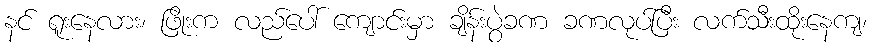
နင် ရူးနေလား၊ ဖြိုးက လည်ပေါ် ကျောင်းမှာ ချိန်းပွဲခဏ ခဏလုပ်ပြီး လက်သီးထိုးနေကျ၊